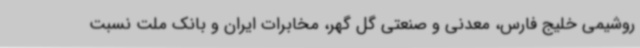
روشیمی خلیج فارس، معدنی و صنعتی گل گهر، مخابرات ایران و بانک ملت نسبت